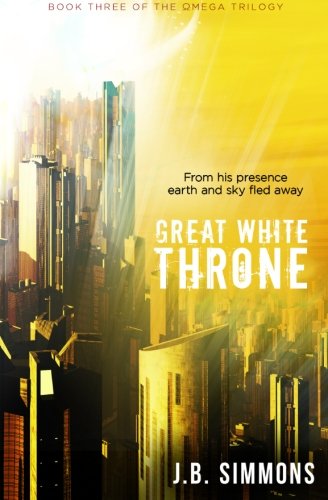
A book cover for Great White Throne (The Omega Trilogy) (Volume 3); J.B. Simmons; Christian Books & Bibles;